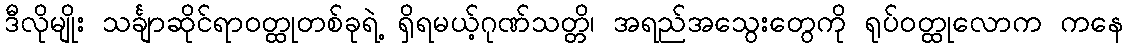
ဒီလိုမျိုး သင်္ချာဆိုင်ရာဝတ္ထုတစ်ခုရဲ့ ရှိရမယ့်ဂုဏ်သတ္တိ၊ အရည်အသွေးတွေကို ရုပ်ဝတ္ထုလောက ကနေ